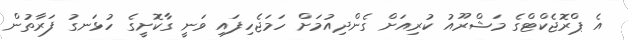
އެ ޕްރޮޖެކްޓްގެ މަޝްރޫއު ކުރިއަށް ގެންދިއުމަށް ހަމަޖެހިފައި ވަނީ ގާކޮށީގެ ހުޅަނގު ފަރާތުން